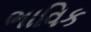
ભાવિક